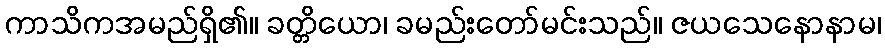
ကာသိကအမည်ရှိ၏။ ခတ္တိယော၊ ခမည်းတော်မင်းသည်။ ဇယသေနောနာမ၊